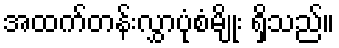
အထက်တန်းလွှာပုံစံမျိုး ရှိသည်။